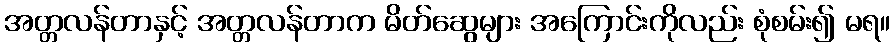
အတ္တလန်တာနှင့် အတ္တလန်တာက မိတ်ဆွေများ အကြောင်းကိုလည်း စုံစမ်း၍ မရ။